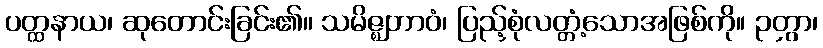
ပတ္ထနာယ၊ ဆုတောင်းခြင်း၏။ သမိဇ္ဈဘာဝံ၊ ပြည့်စုံလတ္တံ့သောအဖြစ်ကို။ ဉတွာ၊